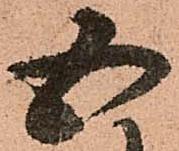
五